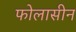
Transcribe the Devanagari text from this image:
फोलासीन